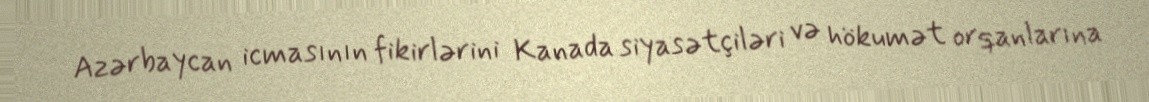
Azərbaycan icmasının fikirlərini Kanada siyasətçiləri və hökumət orqanlarına